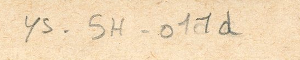
ys-5H-011d